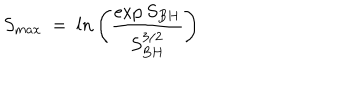
LaTeX: S _ { m a x } ~ = ~ l n \left( { \frac { \exp { S _ { B H } } } { S _ { B H } ^ { 3 / 2 } } } \right) ~